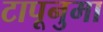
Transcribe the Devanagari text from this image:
टापूनुमा